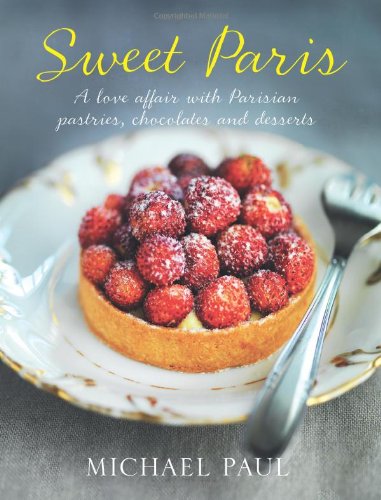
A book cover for Sweet Paris: A love affair with Parisian chocolate, pastries and desserts; Michael Paul; Cookbooks, Food & Wine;